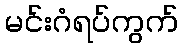
မင်းဂံရပ်ကွက်